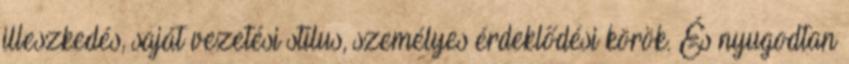
illeszkedés, saját vezetési stílus, személyes érdeklődési körök. És nyugodtan